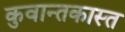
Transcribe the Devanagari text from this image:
कुवान्तकास्त